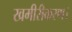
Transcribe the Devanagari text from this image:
खमीरीकरण।